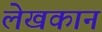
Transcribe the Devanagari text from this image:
लेखकानं